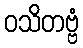
ဝသိတဗ္ဗံ